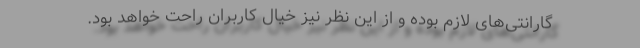
گارانتی‌های لازم بوده و از این نظر نیز خیال کاربران راحت خواهد بود.